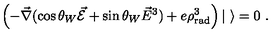
\left( - \vec { \nabla } ( \cos \theta _ { W } \vec { \cal E } + \sin \theta _ { W } \vec { E } ^ { 3 } ) + e \rho _ { \mathrm { r a d } } ^ { 3 } \right) | \ \rangle = 0 \ .